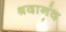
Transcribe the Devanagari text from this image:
श्रदानंद